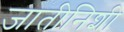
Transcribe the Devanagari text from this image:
जातीनिशी